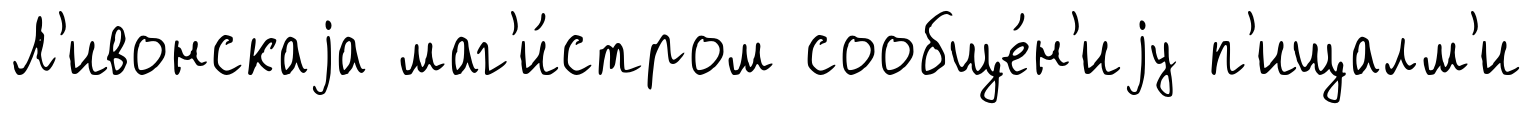
Л'ивонскаjа маг'и́стром сообще́н'иjу п'ищалм'и